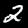
Digit: 2